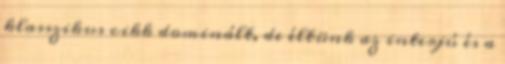
klasszikus cikk dominált, de éltünk az interjú és a